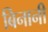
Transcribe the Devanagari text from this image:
बिनानी